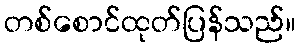
တစ်စောင်ထုတ်ပြန်သည်။